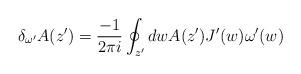
LaTeX: \begin{align*}\delta_{\omega^{\prime}}A(z')=\frac{-1}{2\pi i}\oint_{z^{\prime}} dwA(z')J^{\prime}(w)\omega^{\prime}(w)\end{align*}